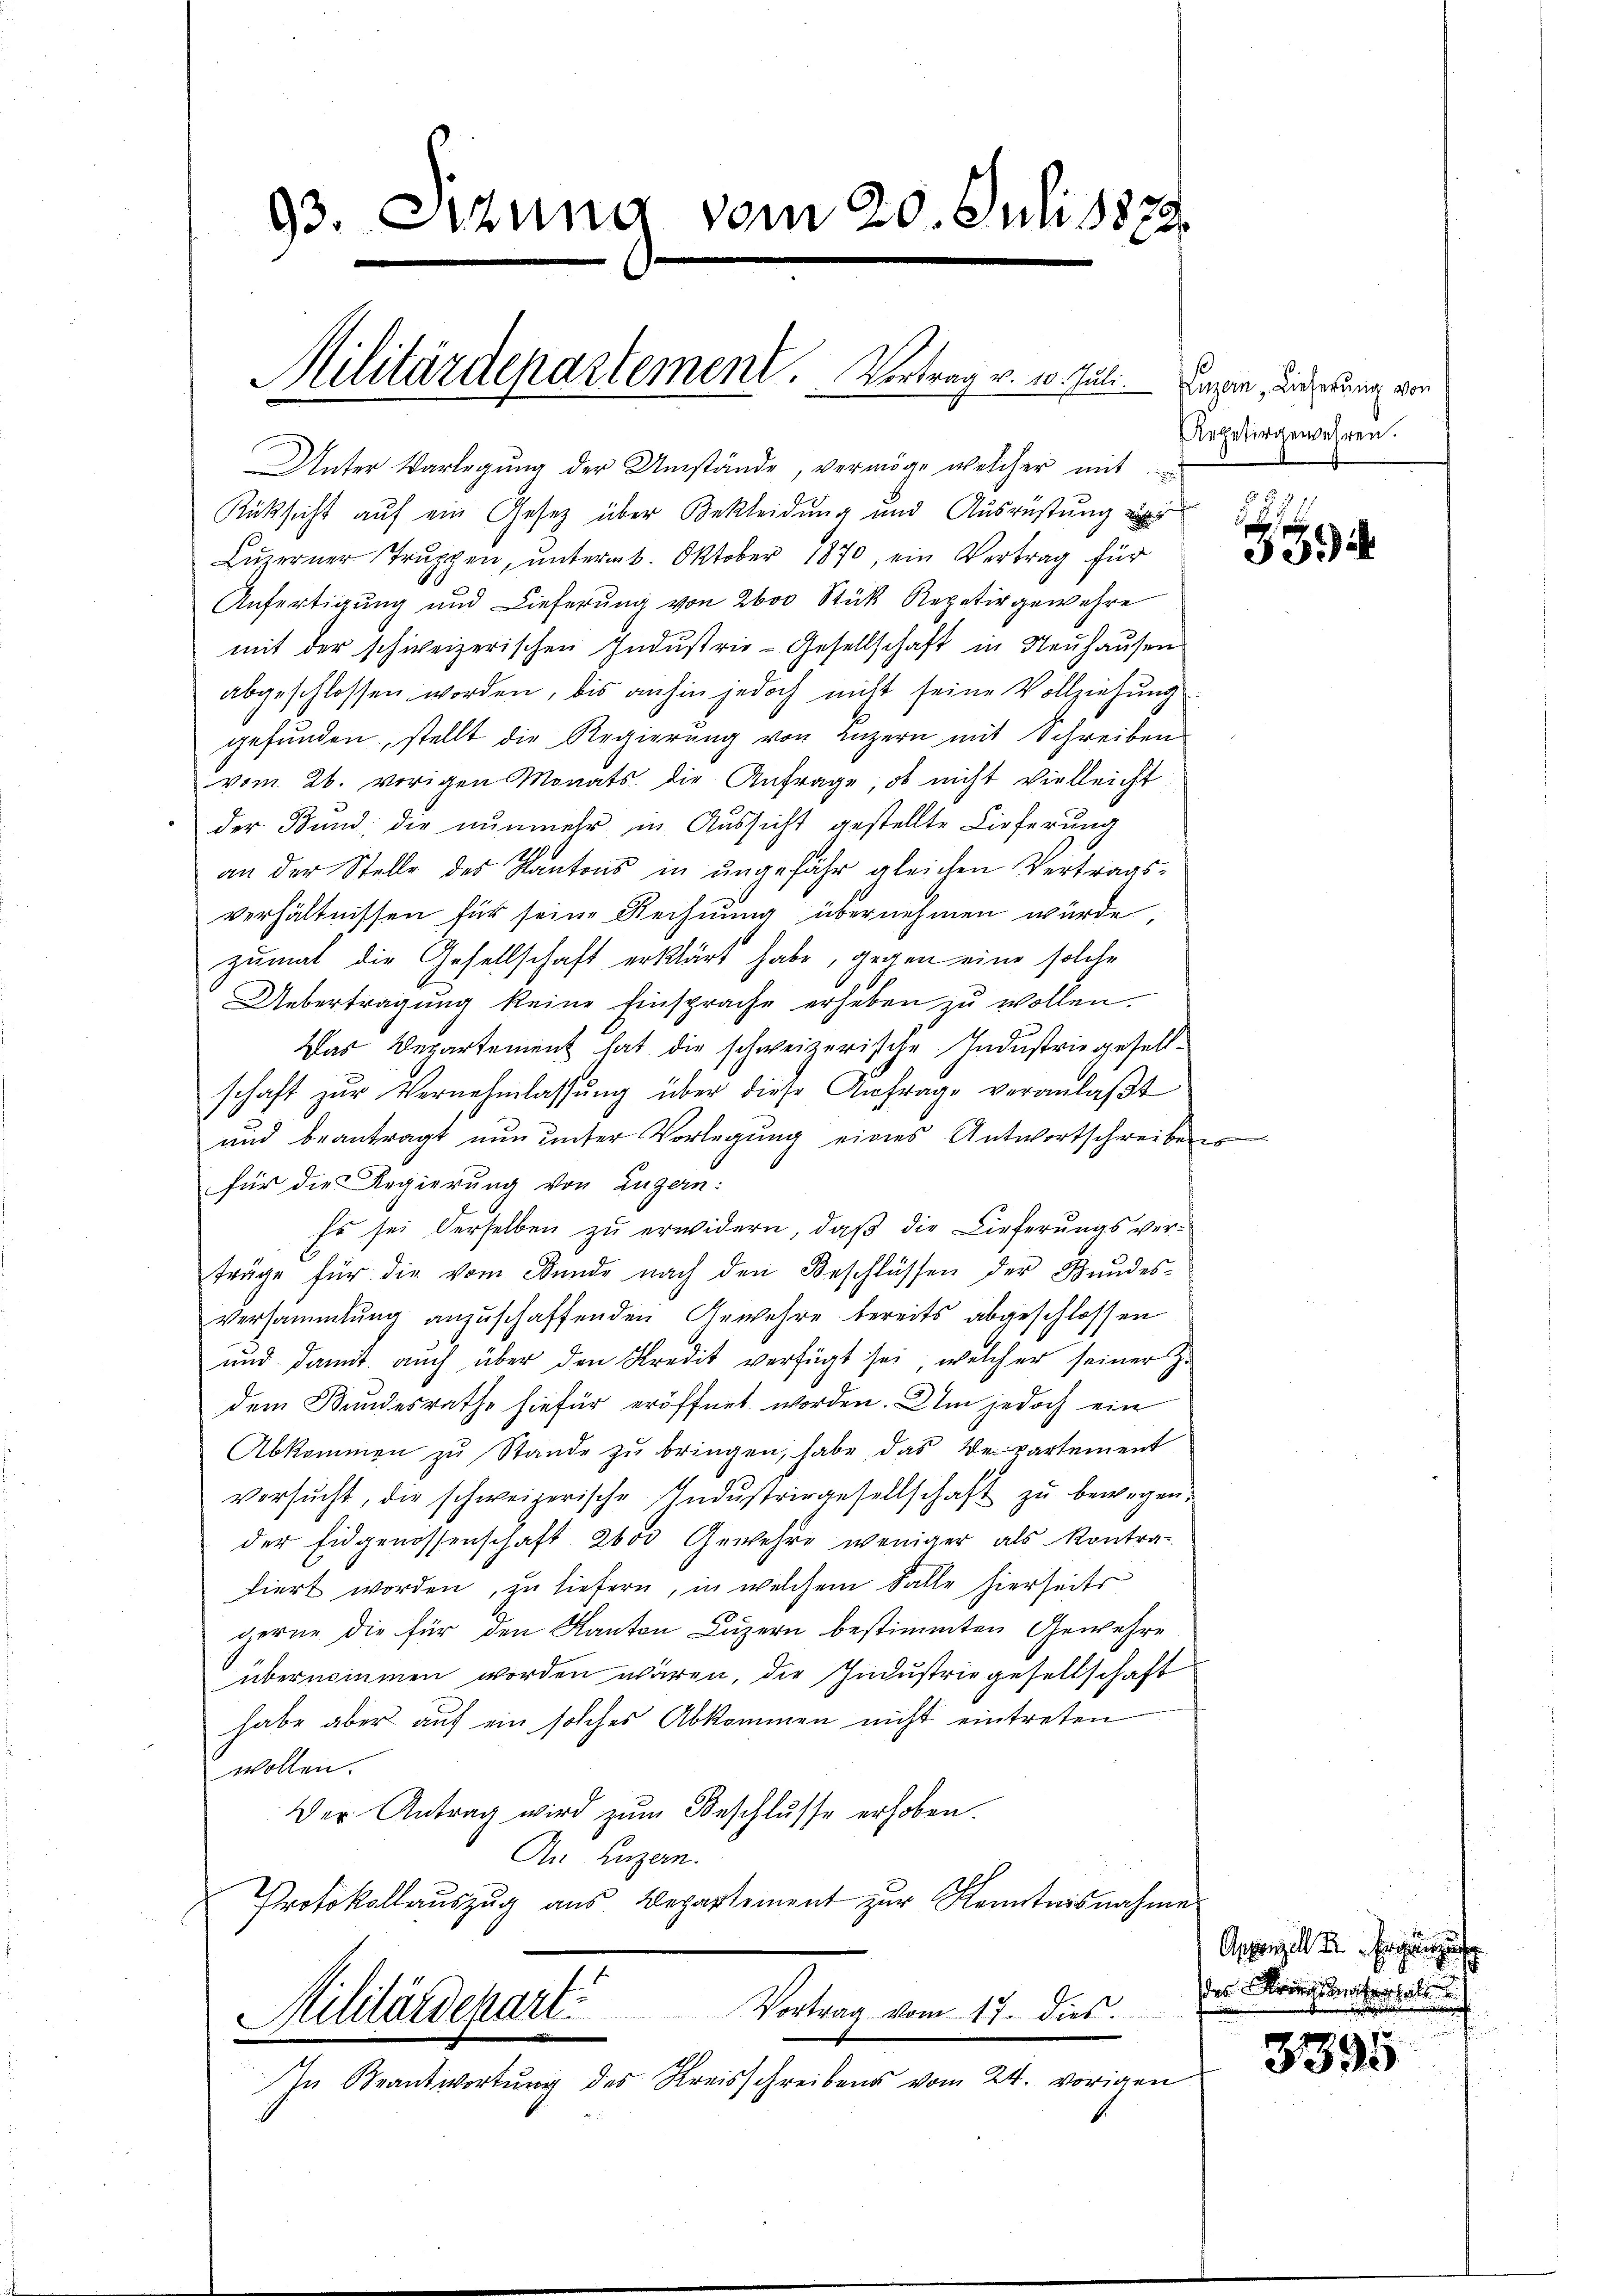
93. Sitzung vom 20. Juli 1879.

Militärdepartement. Vertrag v. 10. Juli.

Unter Vorlegung der Umstände, vermöge welcher mit
Rüksicht auf ein Gesetz über Bekleidung und Ausrüstung
Lŭzerner Trŭppen, ŭnterm 6. Oktober 1870, ein Vertrag für
Anfertigung und Lieferung von 200 Stück Repetir gewehre
mit der schweizerischen Industrie-Gesellschaft in Neuhausen
abgeschlossen worden, bis anhin jedoch nicht seine Vollziehung
gefunden, stellt die Regierung von Luzern mit Schreiben
vom 26. vorigen Monats die Anfrage, ob nicht vielleicht
der Bund, die nunmehr in Aussicht gestellte Lieferung
an der Stelle des Kantons in ungefähr gleichen Vertrags-
verhältnissen für seine Rechnung übernehmen würde,
zumal die Gesellschaft erklärt habe, gegen eine solche
Uebertragung keine Einsprache erheben zu wollen.
Das Departement hat die schweizerische Industrie gesellschaft zŭr Vernehmlassŭng über diese Anfrage veranlaβt
und beantragt nun unter Vorlegung eines Antwortschreibens
für die Regierung von Luzern:
Es sei derselben zu erwidern, daß die Lieferungsver-
träge für die vom Stunde nach den Beschlüssen der Bundes-
versammlung anzuschaffenden Gewehre bereits abgeschlossen
ŭnd damit aŭch über den Kredit verfügt sei, welcher seiner Z.
dem Bundesrathe hiefür eröffnet worden. Um jedoch ein
Abkommen zŭ Stande zŭ bringen, habe, das Verpartement
versŭcht, die schweizerische Indŭstrirgesellschaft zŭ bewegen.
der Eidgenossenschaft 2600 Gewehre weniger als Kontra-
diert worden, zu liefern, in welchem Falle hierseits
gerne die für den Kanton Luzern bestimmten Gewehre
übernommen worden wären, die Industriegesellschaft
habe aber auf ein solches Abkommen nicht eintreten
wollen.
Der Antrag wird zŭm Beschlŭsse erhoben.
An Luzern.
Protokollauszug aus Departement zur Kenntnisnahme
Militärdepart. Vortrag vom 17. dies
In Beantwortung des Kreisschreibens vom 24. vorigen

Luzern Lieferung von
Repetirgewehren.

¬

Appenzell der Erge
er Meines Seitertheilun

3395